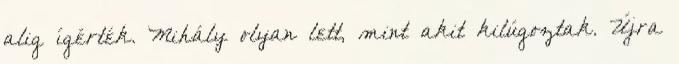
alig ígérték. Mihály olyan lett, mint akit kilúgoztak. Újra